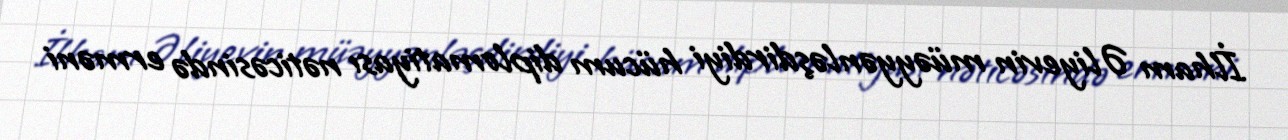
İlham Əliyevin müəyyənləşdirdiyi hücum diplomatiyası nəticəsində erməni